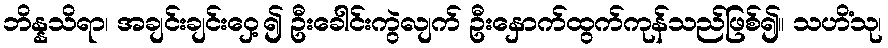
ဘိန္နသိရာ၊ အချင်းချင်းဝှေ့၍ ဦးခေါင်းကွဲလျက် ဦးနှောက်ထွက်ကုန်သည်ဖြစ်၍။ သဟိံသု၊